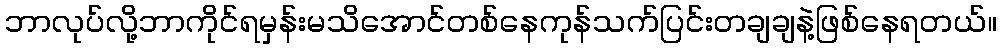
ဘာလုပ်လို့ဘာကိုင်ရမှန်းမသိအောင်တစ်နေကုန်သက်ပြင်းတချချနဲ့ဖြစ်နေရတယ်။